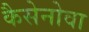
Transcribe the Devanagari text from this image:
कैसेनोवा